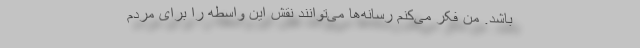
باشد. من فکر می‌کنم رسانه‌ها می‌توانند نقش این واسطه را برای مردم